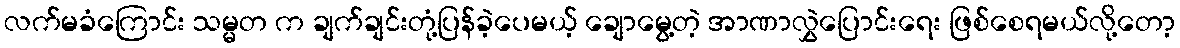
လက်မခံကြောင်း သမ္မတ က ချက်ချင်းတုံ့ပြန်ခဲ့ပေမယ့် ချောမွေ့တဲ့ အာဏာလွှဲပြောင်းရေး ဖြစ်စေရမယ်လို့တော့